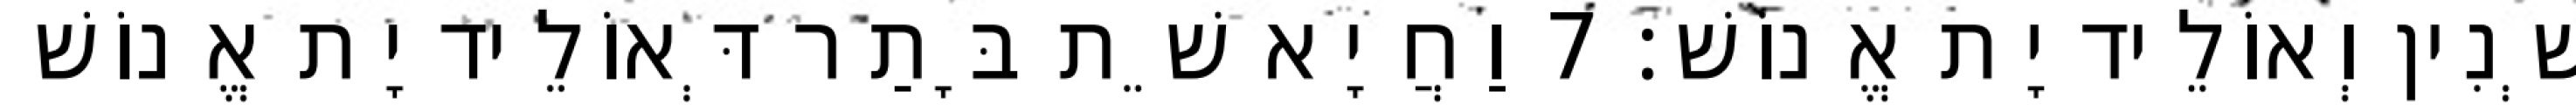
שְׁנִין וְאוֹלֵיד יָת אֱנוֹשׁ׃ 7 וַחֲיָא שֵׁת בָּתַר דְּאוֹלֵיד יָת אֱנוֹשׁ